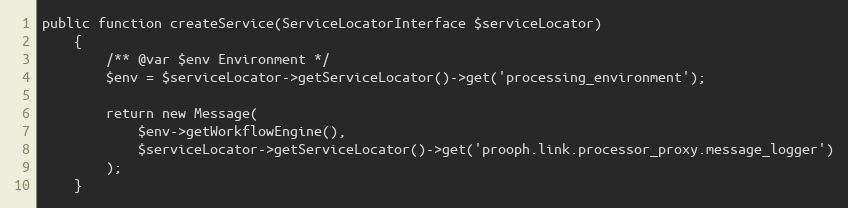
Language: PHP
public function createService(ServiceLocatorInterface $serviceLocator)
    {
        /** @var $env Environment */
        $env = $serviceLocator->getServiceLocator()->get('processing_environment');

        return new Message(
            $env->getWorkflowEngine(),
            $serviceLocator->getServiceLocator()->get('prooph.link.processor_proxy.message_logger')
        );
    }